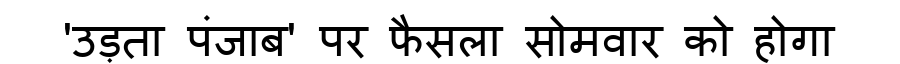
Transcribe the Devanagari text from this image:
'उड़ता पंजाब' पर फैसला सोमवार को होगा